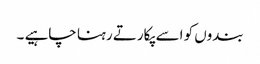
بندوں کو اسے پکارتے رہنا چاہیے ۔